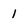
Character: 1